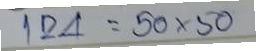
124 = 50x50